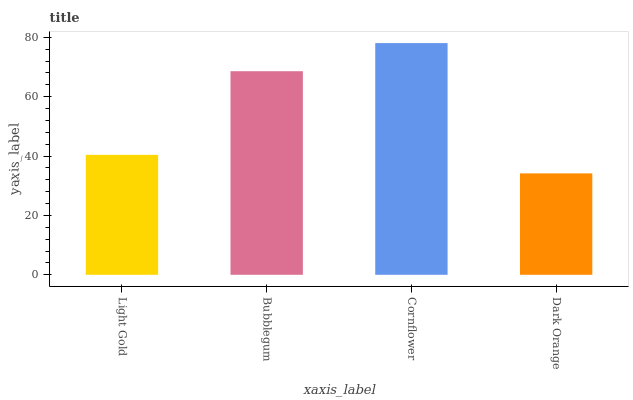
| xaxis_label | bars |
 | --- | --- |
 | Light Gold | 40.4 |
 | Bubblegum | 68.6 |
 | Cornflower | 78.1 |
 | Dark Orange | 34.2 |